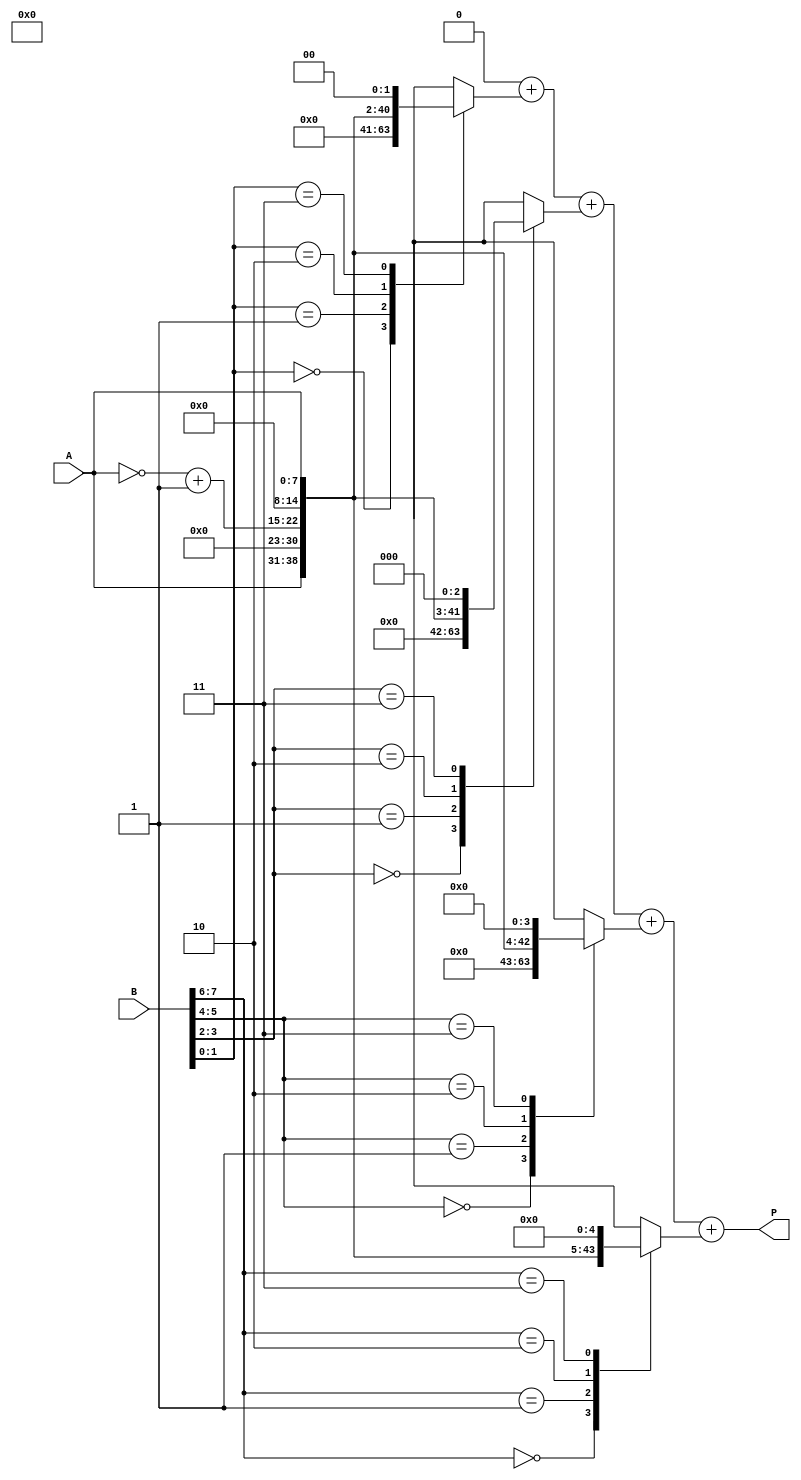
module radix4_multiplier #(
    parameter WIDTH = 8  // Bit-width of inputs
)(
    input wire [WIDTH-1:0] A,  // Multiplicand
    input wire [WIDTH-1:0] B,  // Multiplier
    output reg [2*WIDTH-1:0] P // Product
);

    reg [WIDTH-1:0] A_neg; // 2's complement of A
    reg [WIDTH:0] B_ext;   // Extended B for encoding
    reg [2*WIDTH-1:0] partial_products [0:WIDTH/2-1]; // Partial products
    integer i;

    // Compute 2's complement of A
    always @(*) begin
        A_neg = ~A + 1;
    end

    // Booth's encoding and partial product generation
    always @(*) begin
        // Initialize the product to zero
        P = 0;

        // Extend B for easier encoding
        B_ext = {1'b0, B}; // Extend B with an extra bit for encoding

        // Generate partial products based on Booth's algorithm
        for (i = 0; i < WIDTH/2; i = i + 1) begin
            case (B_ext[i*2 +: 2]) // Take 2 bits at a time
                2'b00: partial_products[i] = 0;               // 00 -> 0
                2'b01: partial_products[i] = {A, 1'b0} << (i*1); // 01 -> A << (i*1)
                2'b10: partial_products[i] = {A_neg, 1'b0} << (i*1); // 10 -> -A << (i*1)
                2'b11: partial_products[i] = {A, 1'b0} << (i*1 + 1); // 11 -> 2A << (i*1)
                default: partial_products[i] = 0;
            endcase
        end

        // Accumulate the partial products
        for (i = 0; i < WIDTH/2; i = i + 1) begin
            P = P + partial_products[i];
        end
    end

endmodule